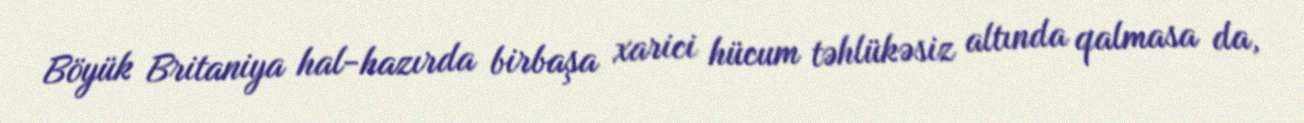
Böyük Britaniya hal-hazırda birbaşa xarici hücum təhlükəsiz altında qalmasa da,